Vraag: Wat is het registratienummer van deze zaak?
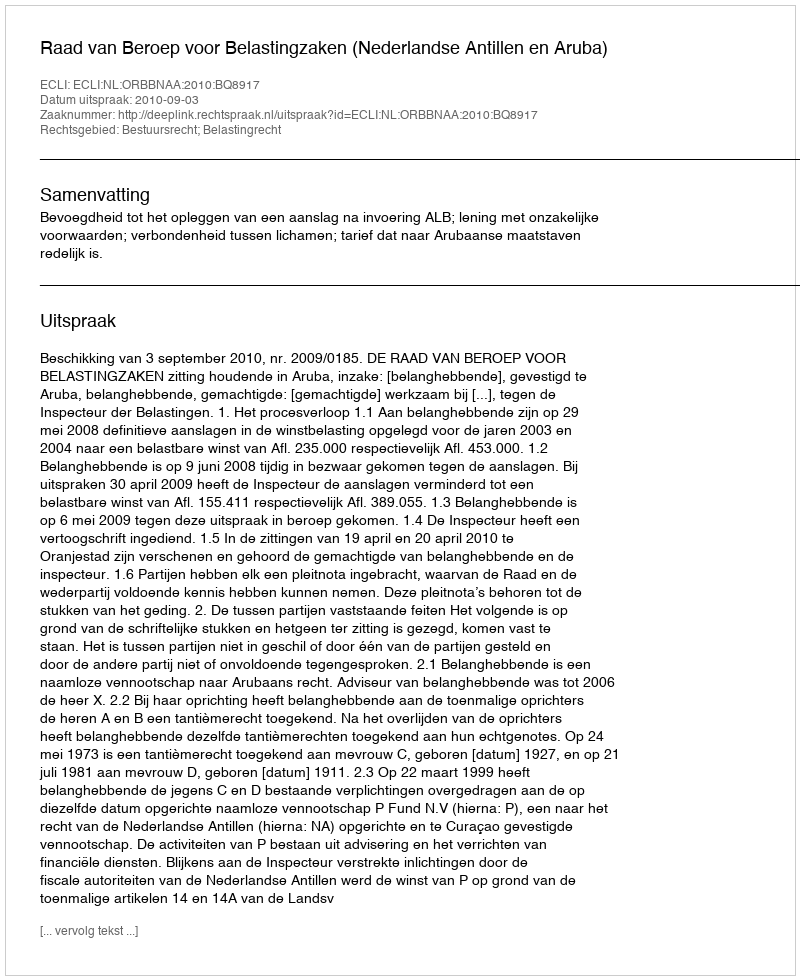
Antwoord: http://deeplink.rechtspraak.nl/uitspraak?id=ECLI:NL:ORBBNAA:2010:BQ8917